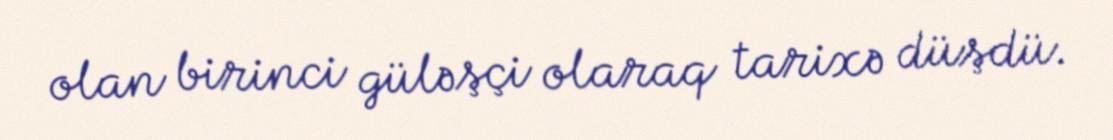
olan birinci güləşçi olaraq tarixə düşdü.